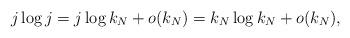
LaTeX: \begin{align*}j \log j = j \log k_N + o(k_N) = k_N \log k_N + o(k_N),\end{align*}